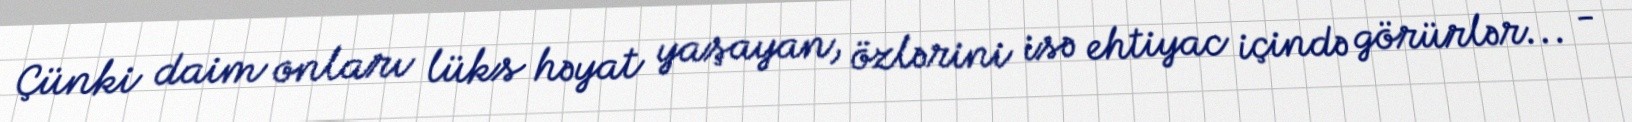
Çünki daim onları lüks həyat yaşayan, özlərini isə ehtiyac içində görürlər... -